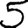
Digit: 5